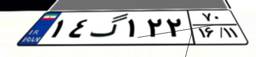
۱۴گ۱۲۲۷۰